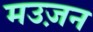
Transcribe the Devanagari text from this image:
मउज़न